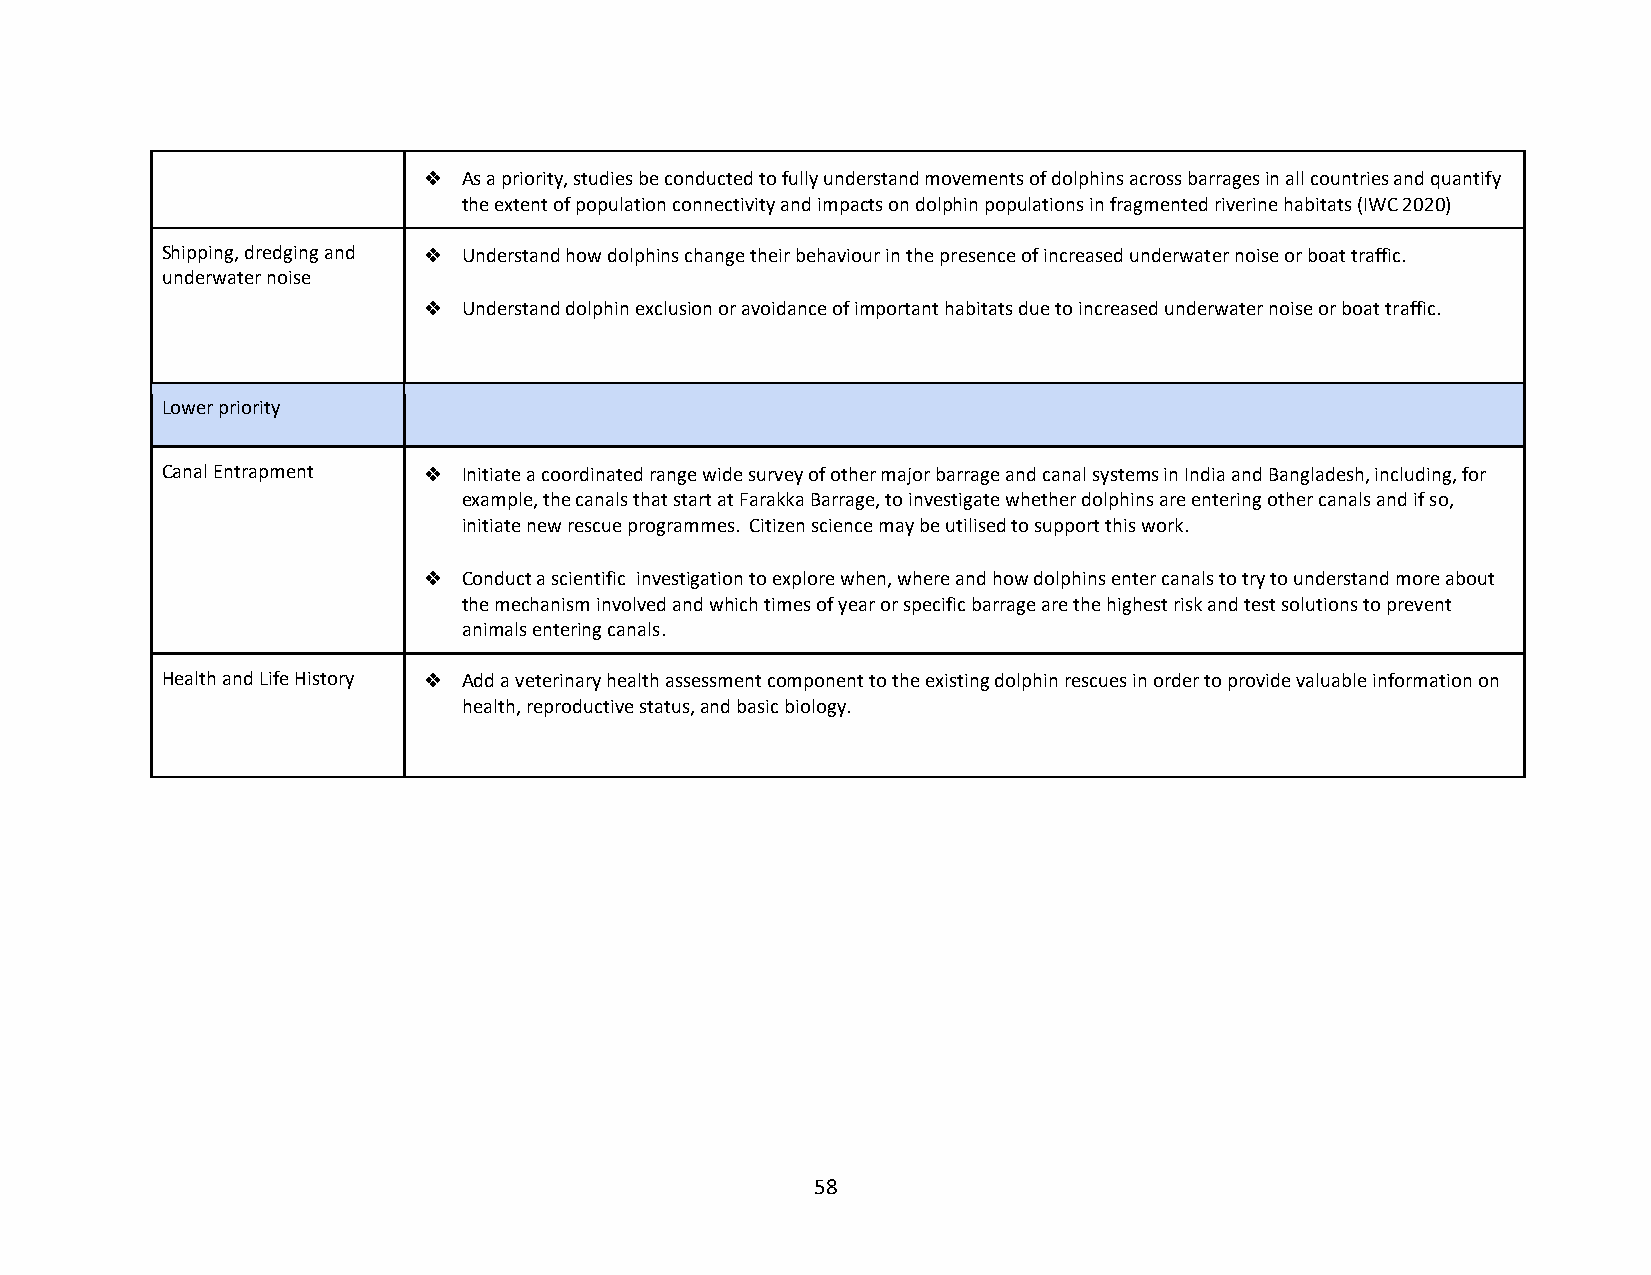
❖  As a priority, studies be conducted to fully understand movements of dolphins across barrages in all countries and quantify
 the extent of population connectivity and impacts on dolphin populations in fragmented riverine habitats (IWC 2020)
 Shipping, dredging and ❖ Understand how dolphins change their behaviour in the presence of increased underwater noise or boat traffic.
 underwater noise
 ❖  Understand dolphin exclusion or avoidance of important habitats due to increased underwater noise or boat traffic.
 Lower priority
 Canal Entrapment ❖  Initiate a coordinated range wide survey of other major barrage and canal systems in India and Bangladesh, including, for
 example, the canals that start at Farakka Barrage, to investigate whether dolphins are entering other canals and if so,
 initiate new rescue programmes. Citizen science may be utilised to support this work.
 ❖  Conduct a scientific investigation to explore when, where and how dolphins enter canals to try to understand more about
 the mechanism involved and which times of year or specific barrage are the highest risk and test solutions to prevent
 animals entering canals.
 Health and Life History ❖ Add a veterinary health assessment component to the existing dolphin rescues in order to provide valuable information on
 health, reproductive status, and basic biology.
 58